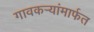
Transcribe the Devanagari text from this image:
गावकर्‍यांमार्फत